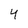
Character: 4